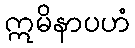
ဣမိနာပဟံ